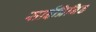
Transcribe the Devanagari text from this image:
साईप्रिनिड